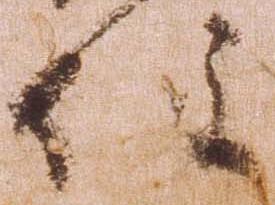
住